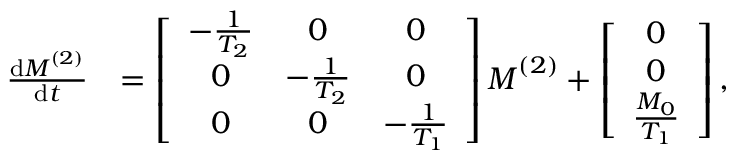
\begin{array} { r l } { \frac { \mathrm { d } \boldsymbol { M } ^ { ( 2 ) } } { \mathrm { d } t } } & { = \left[ \begin{array} { c c c } { - \frac { 1 } { T _ { 2 } } } & { 0 } & { 0 } \\ { 0 } & { - \frac { 1 } { T _ { 2 } } } & { 0 } \\ { 0 } & { 0 } & { - \frac { 1 } { T _ { 1 } } } \end{array} \right] \boldsymbol { M } ^ { ( 2 ) } + \left[ \begin{array} { c } { 0 } \\ { 0 } \\ { \frac { M _ { 0 } } { T _ { 1 } } } \end{array} \right] , } \end{array}